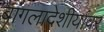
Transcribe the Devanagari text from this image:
बांगलादेशीयांवर